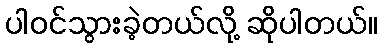
ပါဝင်သွားခဲ့တယ်လို့ ဆိုပါတယ်။